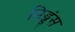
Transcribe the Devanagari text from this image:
मिड्डंस